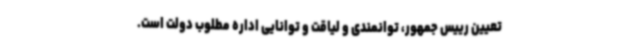
تعیین رییس جمهور، توانمندی و لیاقت و توانایی اداره مطلوب دولت است.